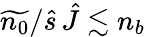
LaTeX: \widetilde{n_{0}}/\hat{s}\, \hat{J}\lesssim n_{b}